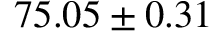
7 5 . 0 5 \pm 0 . 3 1